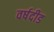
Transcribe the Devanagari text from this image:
वर्षदीड